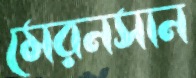
মেরনসান